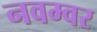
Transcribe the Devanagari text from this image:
नवम्‍वर